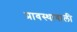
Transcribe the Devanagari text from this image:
प्रावस्थावाली